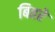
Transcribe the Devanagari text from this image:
बिहरे